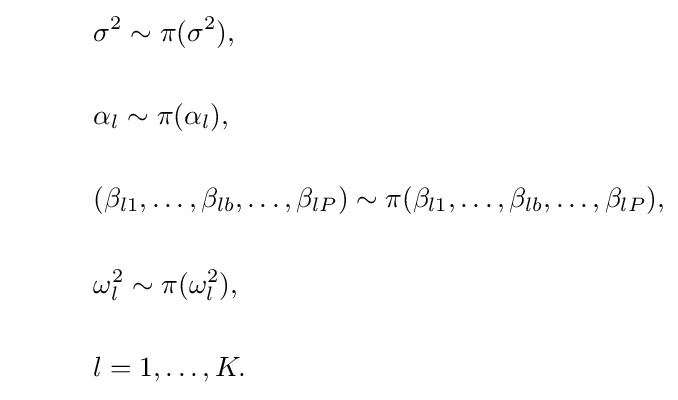
{\begin{aligned}&\sigma ^{2}\sim \pi (\sigma ^{2}),\\{\phantom {spacer}}\\&\alpha _{l}\sim \pi (\alpha _{l}),\\{\phantom {spacer}}\\&(\beta _{l1},\ldots ,\beta _{lb},\ldots ,\beta _{lP})\sim \pi (\beta _{l1},\ldots ,\beta _{lb},\ldots ,\beta _{lP}),\\{\phantom {spacer}}\\&\omega _{l}^{2}\sim \pi (\omega _{l}^{2}),\\{\phantom {spacer}}\\&l=1,\ldots ,K.\end{aligned}}